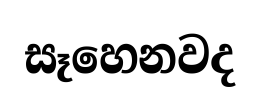
සෑහෙනවද